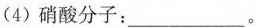
(4)硝酸分子：___。